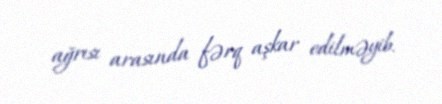
ağrısı arasında fərq aşkar edilməyib.